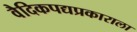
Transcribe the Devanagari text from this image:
वैदिकपद्यप्रकाराला